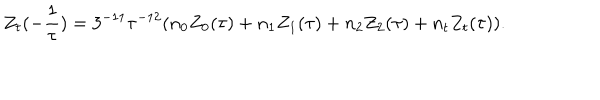
LaTeX: Z _ { t } ( - \frac { 1 } { \tau } ) = 3 ^ { - 1 1 } \tau ^ { - 1 2 } ( n _ { 0 } Z _ { 0 } ( \tau ) + n _ { 1 } Z _ { 1 } ( \tau ) + n _ { 2 } Z _ { 2 } ( \tau ) + n _ { t } Z _ { t } ( \tau ) ) .